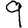
Digit: 9